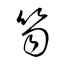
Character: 笏